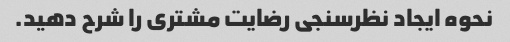
نحوه ایجاد نظرسنجی رضایت مشتری را شرح دهید.